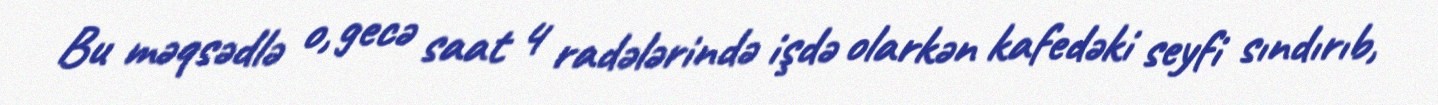
Bu məqsədlə o, gecə saat 4 radələrində işdə olarkən kafedəki seyfi sındırıb,